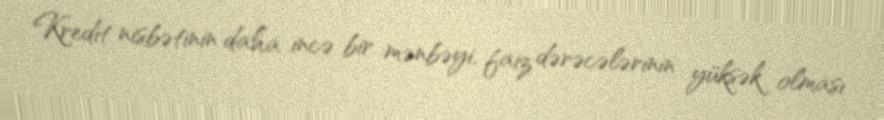
Kredit nisbətinin daha incə bir mənbəyi, faiz dərəcələrinin yüksək olması